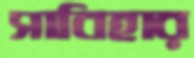
সাবিহার